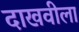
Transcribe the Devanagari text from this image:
दाखवीला